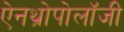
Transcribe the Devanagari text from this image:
ऐनथ्रोपोलॉजी